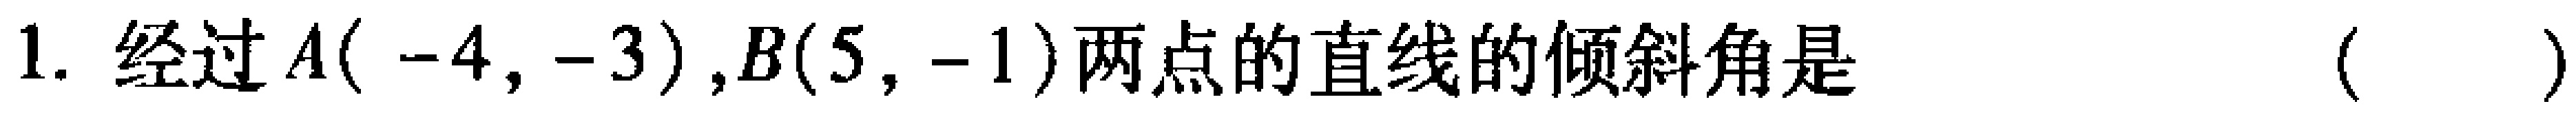
1. 经过$A(-4,-3),B(5,-1)$两点的直线的倾斜角是 （  ）